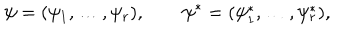
LaTeX: \psi = ( \psi _ { 1 } , \ldots , \psi _ { r } ) , \qquad \psi ^ { * } = ( \psi _ { 1 } ^ { * } , \ldots , \psi _ { r } ^ { * } ) ,